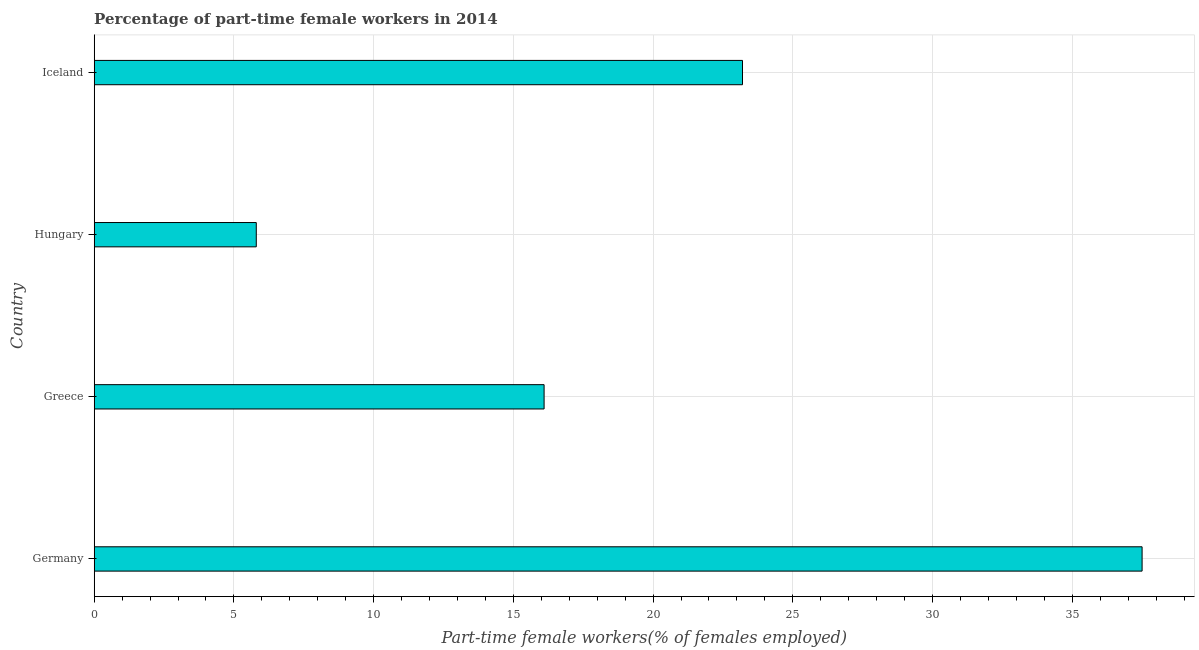
| Country | Part time employment |
 | --- | --- |
 | Germany | 37.5 |
 | Greece | 16.1 |
 | Hungary | 5.8 |
 | Iceland | 23.2 |